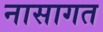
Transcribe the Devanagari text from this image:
नासागत